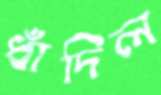
ধাঁদিল